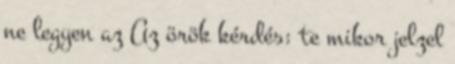
ne legyen az Az örök kérdés: te mikor jelzel